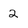
Character: 2